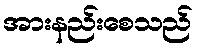
အားနည်းစေသည်